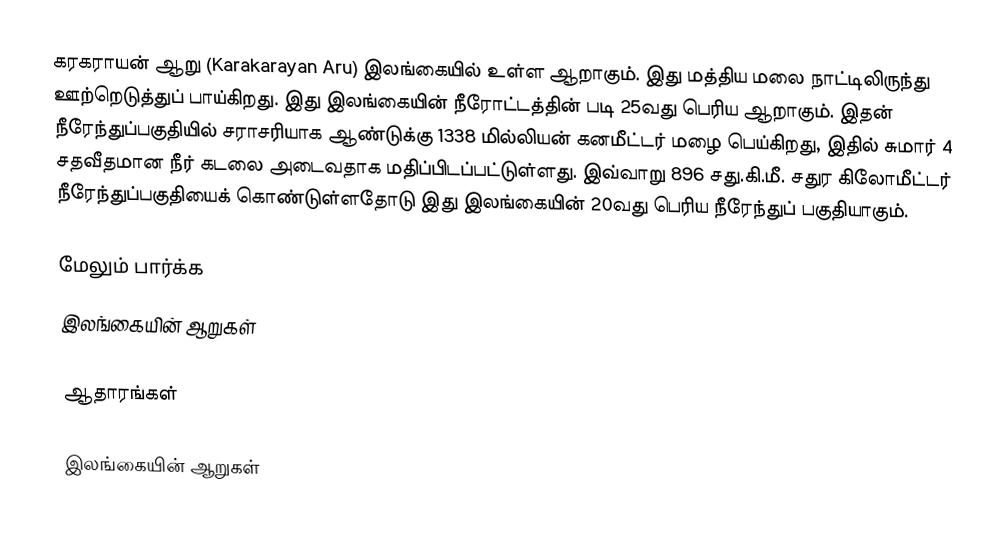
கரகராயன் ஆறு (Karakarayan Aru) இலங்கையில் உள்ள ஆறாகும். இது மத்திய மலை நாட்டிலிருந்து ஊற்றெடுத்துப் பாய்கிறது. இது இலங்கையின் நீரோட்டத்தின் படி  25வது பெரிய  ஆறாகும். இதன் நீரேந்துப்பகுதியில் சராசரியாக ஆண்டுக்கு 1338 மில்லியன் கனமீட்டர் மழை பெய்கிறது, இதில் சுமார் 4 சதவீதமான நீர் கடலை அடைவதாக மதிப்பிடப்பட்டுள்ளது. இவ்வாறு 896 சது.கி.மீ. சதுர கிலோமீட்டர் நீரேந்துப்பகுதியைக் கொண்டுள்ளதோடு இது இலங்கையின் 20வது பெரிய நீரேந்துப் பகுதியாகும்.

மேலும் பார்க்க
 இலங்கையின் ஆறுகள்

ஆதாரங்கள்

இலங்கையின் ஆறுகள்